Manual of the Civil Veterinary Department, Central Provinces and Berar
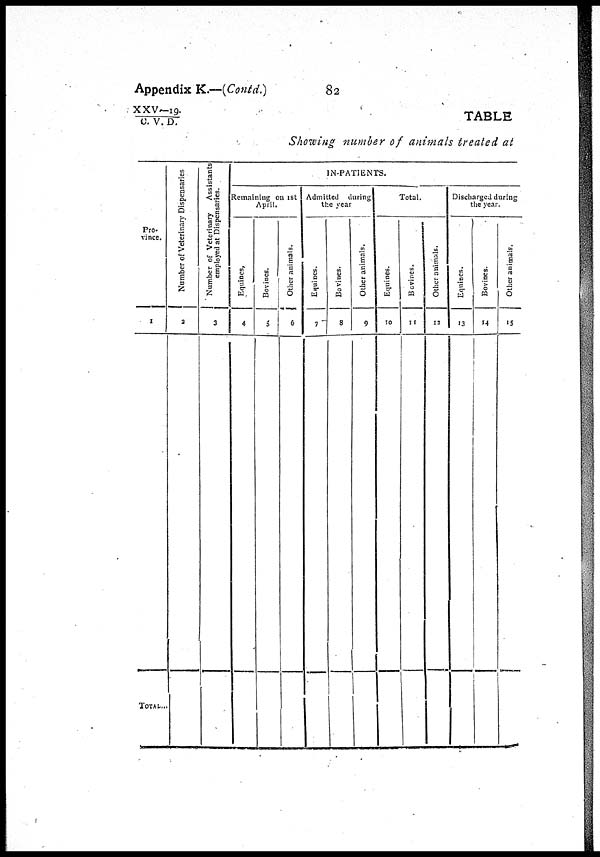
Appendix K.—(Contd.)
82
XXV—19./C.
V. D.
TABLE
Showing number of animals treated at
Pro-
vince.
1
TOTAL...
Number of Veterinary Dispensaries
2
Number of Veterinary Assistants
employed at Dispensaries.
3
IN-PATIENTS.
Remaining on 1st
April.
Equines,
4
Bovines.
5
Other animals.
6
Admitted during
the year
Equines.
7
Bovines.
8
Other animals.
9
Total.
Equines.
10
Bovines.
11
Other animals.
12
Discharged during
the year.
Equines.
13
Bovines.
14
Other animals.
15